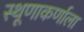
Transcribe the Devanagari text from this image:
स्थूणाकर्णाला